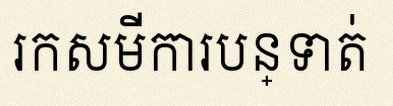
រកសមីការបន្ទាត់